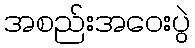
အစည်းအဝေးပွဲ